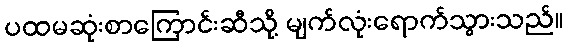
ပထမဆုံးစာကြောင်းဆီသို့ မျက်လုံးရောက်သွားသည်။